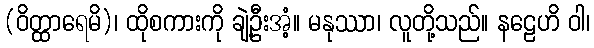
(ဝိတ္ထာရေမိ)၊ ထိုစကားကို ချဲ့ဦးအံ့။ မနုဿာ၊ လူတို့သည်။ နဠေဟိ ဝါ၊